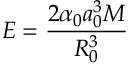
E = \frac { 2 \alpha _ { 0 } a _ { 0 } ^ { 3 } M } { R _ { 0 } ^ { 3 } }